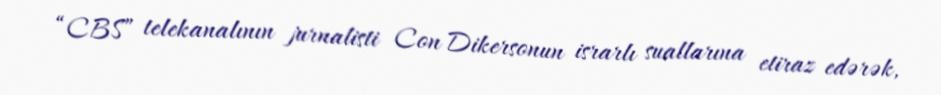
“CBS” telekanalının jurnalisti Con Dikersonun israrlı suallarına etiraz edərək,